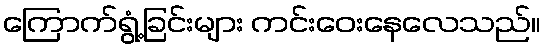
ကြောက်ရွံ့ခြင်းများ ကင်းဝေးနေလေသည်။